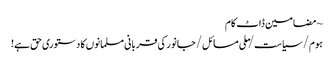
~ مضامین ڈاٹ کام
ہوم/سیاست/ملی مسائل/جانور کی قربانی مسلمانوں کا دستوری حق ہے!